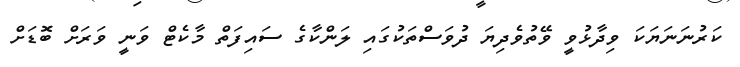
ކަރުނަނަޔަކަ ވިދާޅުވީ ވޭތުވެދިޔަ ދުވަސްތަކުގައި ލަންކާގެ ސައިފަތް މާކެޓް ވަނީ ވަރަށް ބޮޑަށް